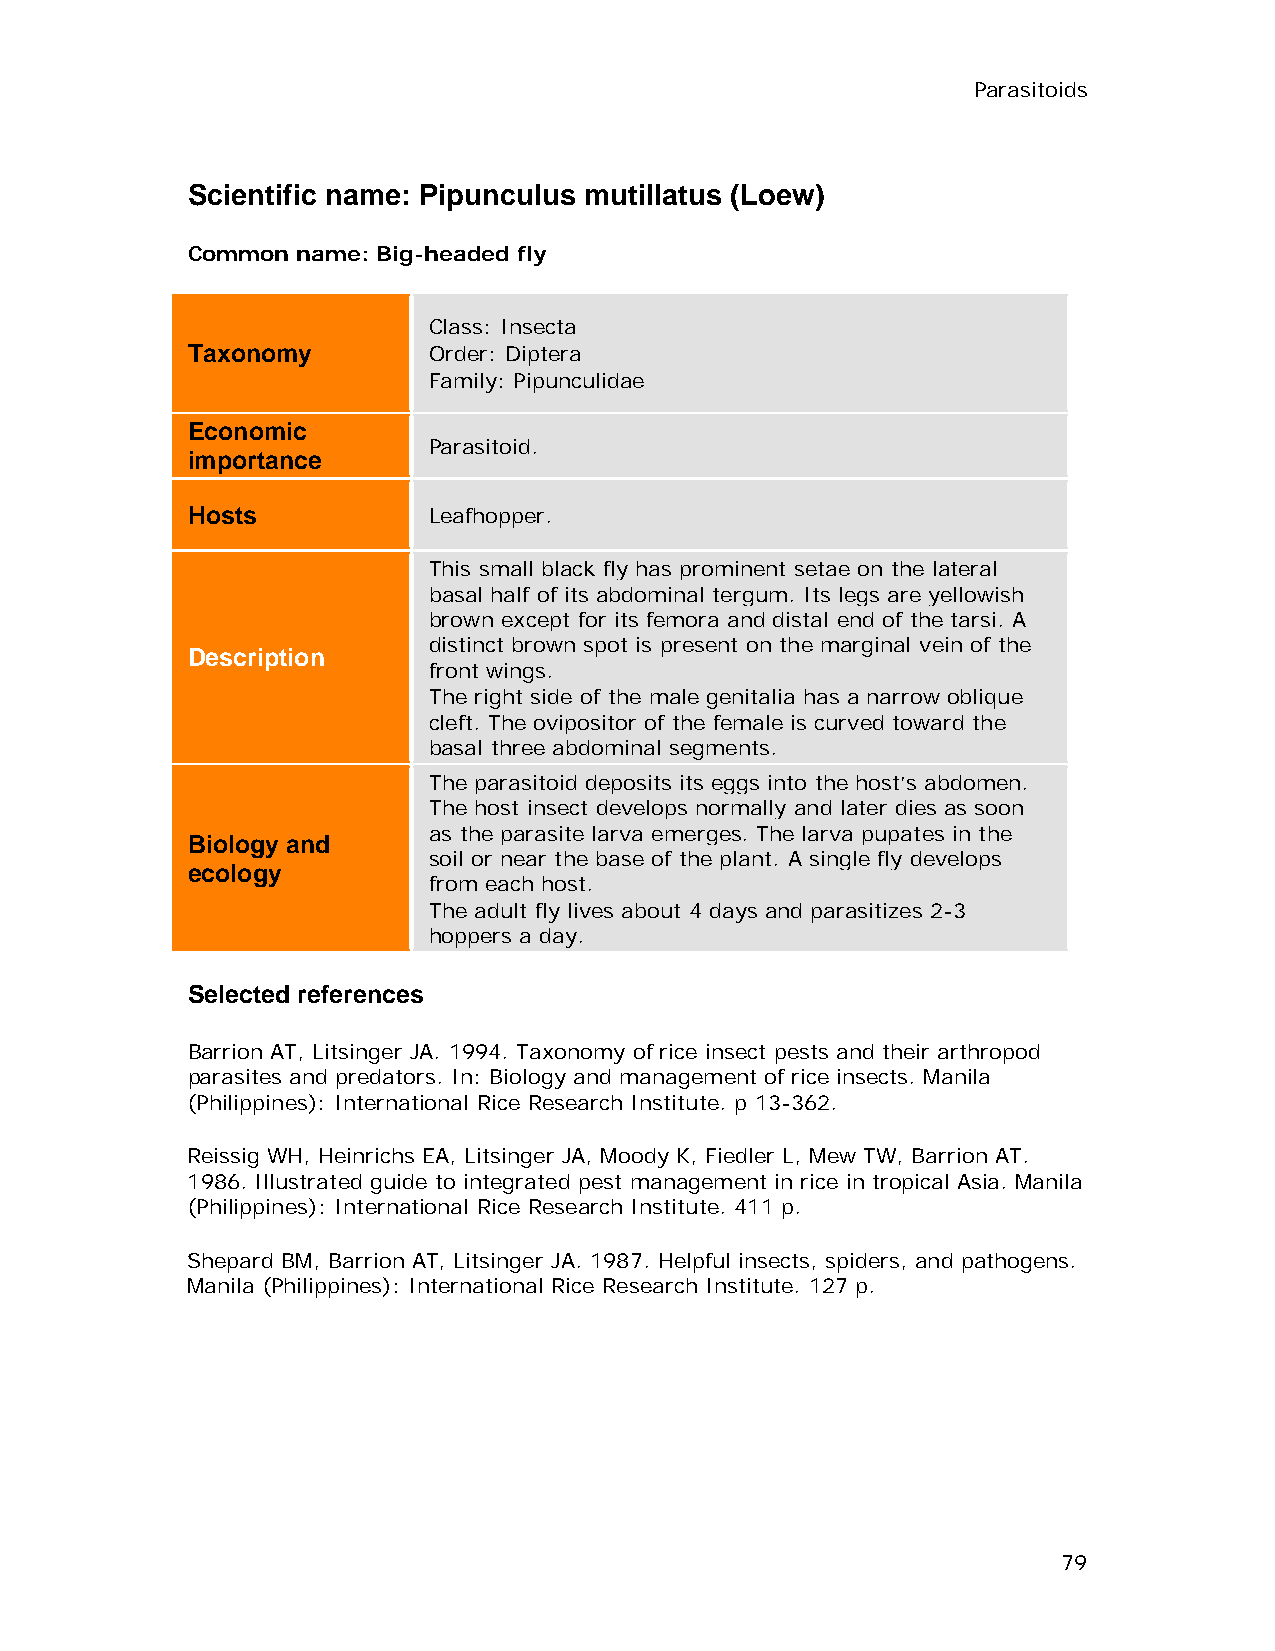
Parasitoids
 Scientific name: Pipunculus mutillatus (Loew)
 Common  name: Big-headed fly
 Class: Insecta
 Taxonomy        Order: Diptera
 Family: Pipunculidae
 Economic
 Parasitoid.
 importance
 Hosts           Leafhopper.
 This small black fly has prominent setae on the lateral
 basal half of its abdominal tergum. Its legs are yellowish
 brown except for its femora and distal end of the tarsi. A
 distinct brown spot is present on the marginal vein of the
 Description
 front wings.
 The right side of the male genitalia has a narrow oblique
 cleft. The ovipositor of the female is curved toward the
 basal three abdominal segments.
 The parasitoid deposits its eggs into the host’s abdomen.
 The host insect develops normally and later dies as soon
 as the parasite larva emerges. The larva pupates in the
 Biology and
 soil or near the base of the plant. A single fly develops
 ecology
 from each host.
 The adult fly lives about 4 days and parasitizes 2-3
 hoppers a day.
 Selected references
 Barrion AT, Litsinger JA. 1994. Taxonomy of rice insect pests and their arthropod
 parasites and predators. In: Biology and management of rice insects. Manila
 (Philippines): International Rice Research Institute. p 13-362.
 Reissig WH, Heinrichs EA, Litsinger JA, Moody K, Fiedler L, Mew TW, Barrion AT.
 1986. Illustrated guide to integrated pest management in rice in tropical Asia. Manila
 (Philippines): International Rice Research Institute. 411 p.
 Shepard BM, Barrion AT, Litsinger JA. 1987. Helpful insects, spiders, and pathogens.
 Manila (Philippines): International Rice Research Institute. 127 p.
 79